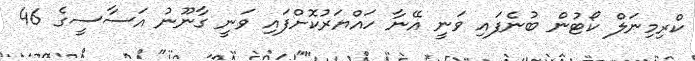
ކްރިމިނަލް ކޯޓުން ބުނެފައި ވަނީ އޭނާ ހައްޔަރުކޮށްފައި ވަނީ ގާނޫނު އަސާސީގެ 46